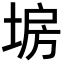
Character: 𡍀